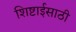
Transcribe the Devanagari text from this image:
शिष्टाईसाठी